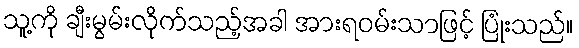
သူ့ကို ချီးမွမ်းလိုက်သည့်အခါ အားရဝမ်းသာဖြင့် ပြုံးသည်။